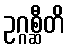
ဥဂ္ဂစ္ဆီတိ